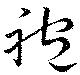
袍